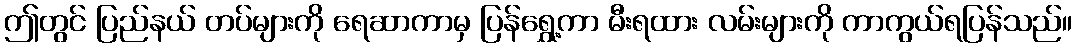
ဤတွင် ပြည်နယ် တပ်များကို ရေဆာကာမှ ပြန်ရွှေ့ကာ မီးရထား လမ်းများကို ကာကွယ်ရပြန်သည်။